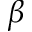
\beta